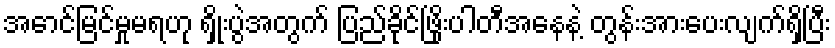
အောင်မြင်မှုမရဟု ရှိုးပွဲအတွက် ပြည်ခိုင်ဖြိုးပါတီအနေနဲ့ တွန်းအားပေးလျက်ရှိပြီး